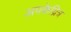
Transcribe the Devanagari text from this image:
अपकेद्रित्र